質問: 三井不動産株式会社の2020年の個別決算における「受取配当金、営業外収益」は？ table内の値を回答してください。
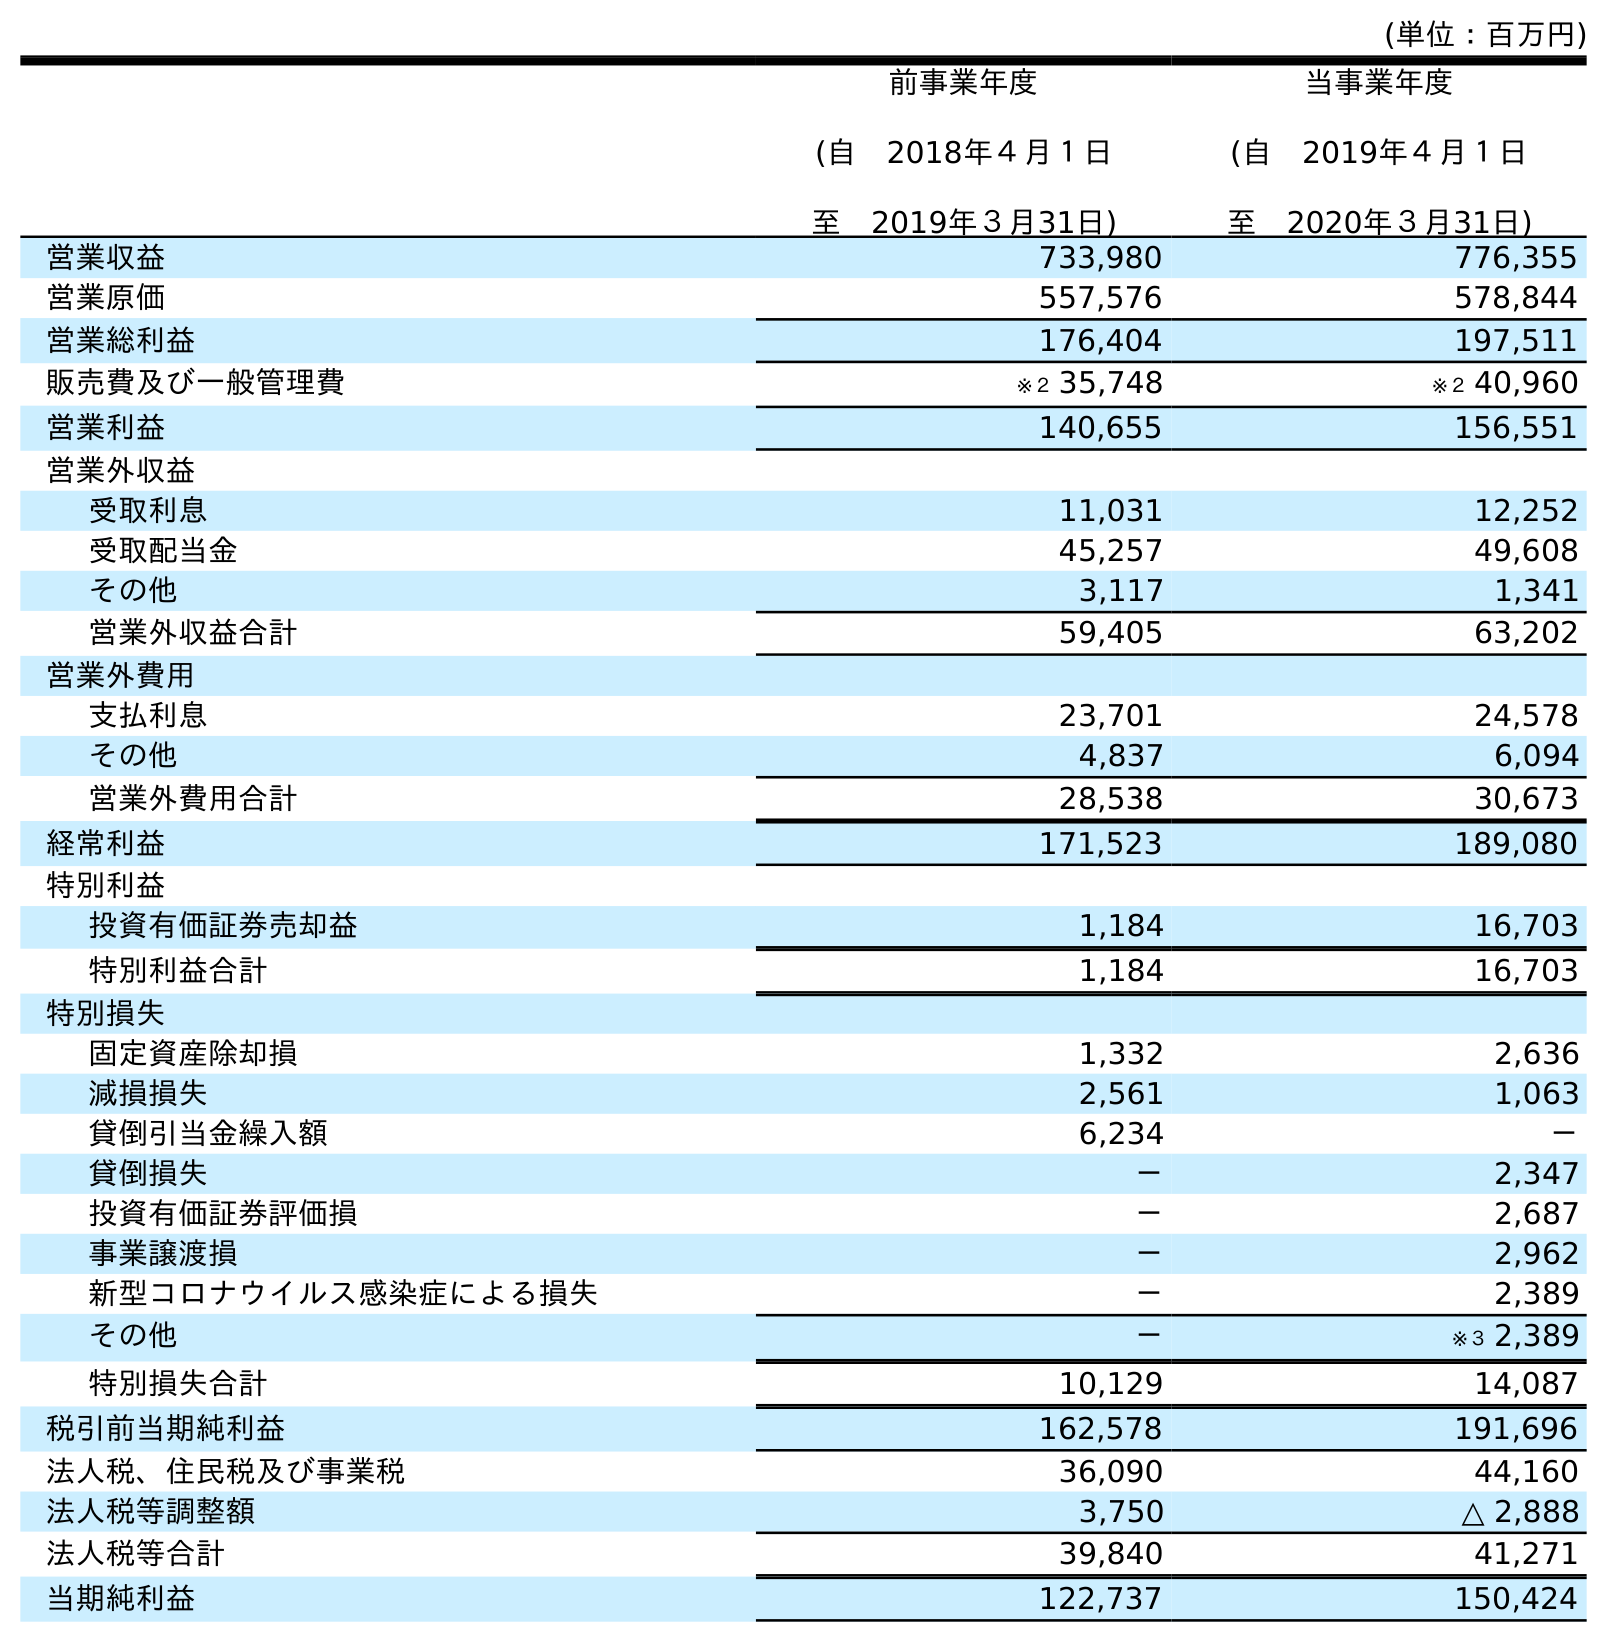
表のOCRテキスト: (単位：百万円) 前事業年度 (自 2018年４月１日 至 2019年３月31日) 当事業年度 (自 2019年４月１日 至 2020年３月31日) 営業収益 733,980 776,355 営業原価 557,576 578,844 営業総利益 176,404 197,511 販売費及び一般管理費 ※２ 35,748 ※２ 40,960 営業利益 140,655 156,551 営業外収益 受取利息 11,031 12,252 受取配当金 45,257 49,608 その他 3,117 1,341 営業外収益合計 59,405 63,202 営業外費用 支払利息 23,701 24,578 その他 4,837 6,094 営業外費用合計 28,538 30,673 経常利益 171,523 189,080 特別利益 投資有価証券売却益 1,184 16,703 特別利益合計 1,184 16,703 特別損失 固定資産除却損 1,332 2,636 減損損失 2,561 1,063 貸倒引当金繰入額 6,234 － 貸倒損失 － 2,347 投資有価証券評価損 － 2,687 事業譲渡損 － 2,962 新型コロナウイルス感染症による損失 － 2,389 その他 － ※３ 2,389 特別損失合計 10,129 14,087 税引前当期純利益 162,578 191,696 法人税、住民税及び事業税 36,090 44,160 法人税等調整額 3,750 △ 2,888 法人税等合計 39,840 41,271 当期純利益 122,737 150,424
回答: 49,608